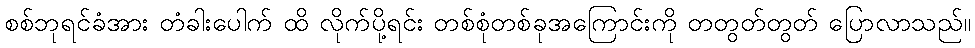
စစ်ဘုရင်ခံအား တံခါးပေါက် ထိ လိုက်ပို့ရင်း တစ်စုံတစ်ခုအကြောင်းကို တတွတ်တွတ် ပြောလာသည်။